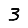
Digit: 3